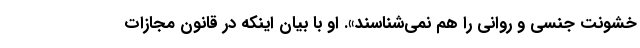
خشونت جنسی و روانی را هم نمی‌شناسند». او با بیان اینکه در قانون مجازات